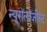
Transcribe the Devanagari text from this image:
न्यूरॉलॉजीस्ट